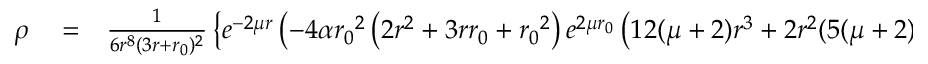
\begin{array} { r l r } { \rho } & { { } = } & { \frac { 1 } { 6 r ^ { 8 } ( 3 r + { r _ { 0 } } ) ^ { 2 } } \left\lbrace e ^ { - 2 \mu r } \left( - 4 \alpha { r _ { 0 } } ^ { 2 } \left( 2 r ^ { 2 } + 3 r { r _ { 0 } } + { r _ { 0 } } ^ { 2 } \right) e ^ { 2 \mu { r _ { 0 } } } \left( 1 2 ( \mu + 2 ) r ^ { 3 } + 2 r ^ { 2 } ( 5 ( \mu + 2 ) { r _ { 0 } } - 9 ) \right. \right. \right. } \end{array}